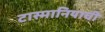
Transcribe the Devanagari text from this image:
टास्मानियाची